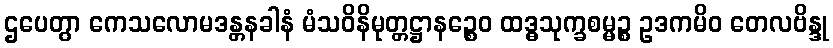
ဌပေတွာ ကေသလောမဒန္တနခါနံ မံသဝိနိမုတ္တဋ္ဌာနဉ္စေဝ ထဒ္ဓသုက္ခစမ္မဉ္စ ဥဒကမိဝ တေလဗိန္ဒု